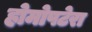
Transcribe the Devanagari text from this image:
होमोपटेरा